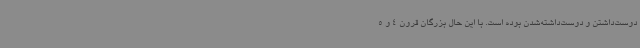
دوست‌داشتن و دوست‌داشته‌شدن بوده است. با این حال بزرگان قرون 4 و 5